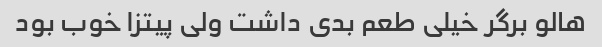
هالو برگر خیلی طعم بدی داشت ولی پیتزا خوب بود